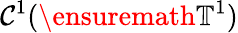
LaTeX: \mathcal{C}^{1}(\ensuremath{{\mathbb{{T}}}}^{1})